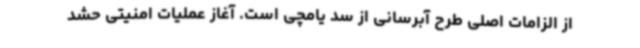
از الزامات اصلی طرح آبرسانی از سد یامچی است. آغاز عملیات امنیتی حشد